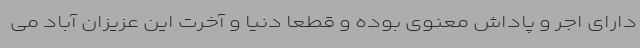
دارای اجر و پاداش معنوی بوده و قطعا دنیا و آخرت این عزیزان آباد می